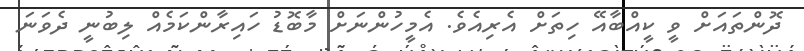
ދޮންތައަށް ވީ ކީއްބާއޭ ހިތަށް އެރިއެވެ. އެމީހުންނަށް މާބޮޑު ހައިރާންކަމެއް ލިބުނީ ދެވަނަ